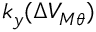
k _ { y } ( \Delta V _ { M \theta } )